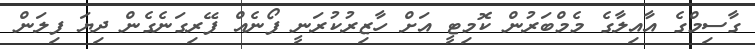
ގާސިމްގެ އާއިލާގެ މެމްބަރުން ކޮމިޓީ އަށް ހާޒިރުކުރަނީ ފޯނެއް ފޭރިގަނެގެން ދިޔަ ފިލަން